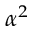
\alpha ^ { 2 }